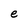
Character: e